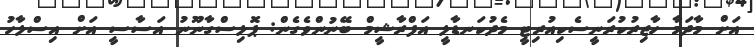
އަށް މާދަމާ ހާޒިރުކުރަނީސެކިއުރިޓީ މެދުކަނޑާލީ އަފްރާޝީމް ބޭނުންވެގެން: ޕޮލިސްގާނޫނު އަސާސީ އަށް އިސްލާހު